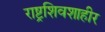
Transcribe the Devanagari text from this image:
राष्ट्रशिवशाहीर